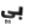
بي